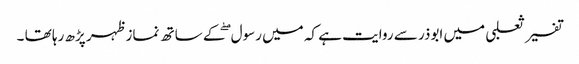
تفسیر ثعلبی میں ابوذر سے روایت ہے کہ میں رسول ۖکے ساتھ نماز ظہر پڑھ رہا تھا ۔